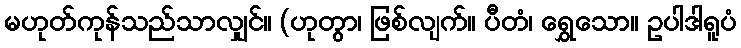
မဟုတ်ကုန်သည်သာလျှင်။ (ဟုတွာ၊ ဖြစ်လျက်။ ပီတံ၊ ရွှေသော။ ဥပါဒါရူပံ